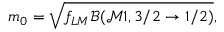
m _ { 0 } = \sqrt { f _ { L M } \mathcal { B } ( \mathcal { M } 1 , 3 / 2 \to 1 / 2 ) } ,